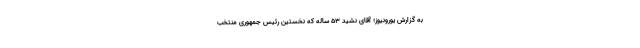
به گزارش یورونیوز؛ آقای نشید ۵۳ ساله که نخستین رئیس جمهوری منتخب